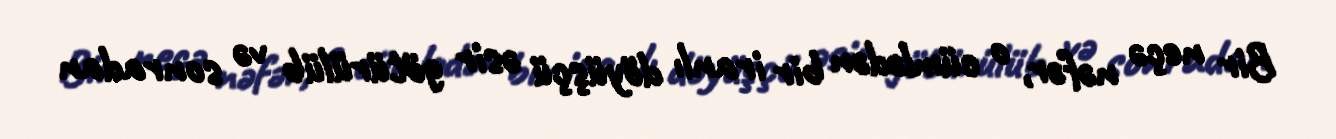
Bir neçə nəfər, o cümlədən bir iranlı döyüşçü əsir götürülüb və sonradan